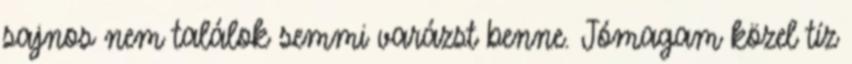
sajnos nem találok semmi varázst benne. Jómagam közel tíz